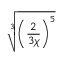
\sqrt [ 3 ] { \left( \frac { 2 } { 3 \chi } \right) ^ { 5 } }